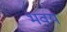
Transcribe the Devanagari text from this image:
भवय